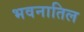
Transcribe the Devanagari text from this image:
भवनातिल